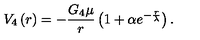
V _ { 4 } \left( r \right) = - \frac { G _ { 4 } \mu } { r } \left( 1 + \alpha e ^ { - \frac { r } { \lambda } } \right) .